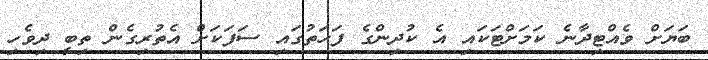
ބަޔަށް ވެއްޓިދާނެ ކަމަށްޓަކައި އެ ކުދިންގެ ފަހަތުގައި ސަފަކަށް އެތުރިގެން ތިބީ ދިވެހި